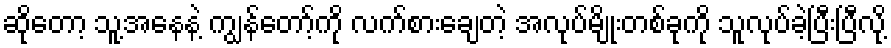
ဆိုတော့ သူ့အနေနဲ့ ကျွန်တော့်ကို လက်စားချေတဲ့ အလုပ်မျိုးတစ်ခုကို သူလုပ်ခဲ့ပြီးပြီလို့